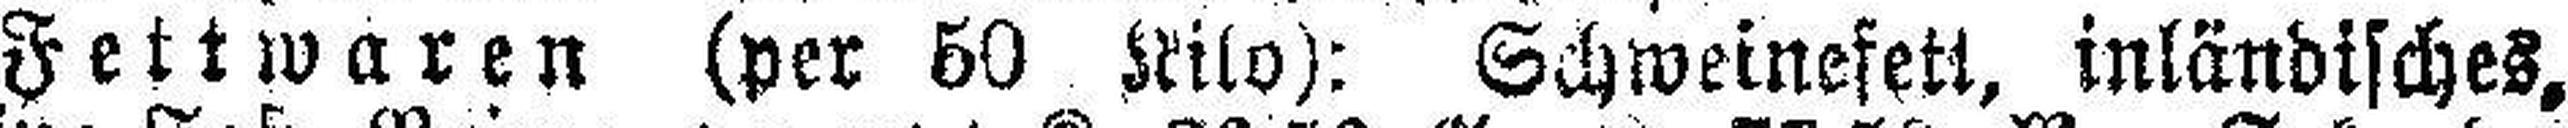
Fettwaren (per 50 Kilo): Schweinefett, inländisches,